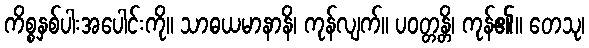
ကိစ္စနှစ်ပါးအပေါင်းကို။ သာဓယမာနာနိ၊ ကုန်လျက်။ ပဝတ္တန္တိ၊ ကုန်၏။ တေသု၊